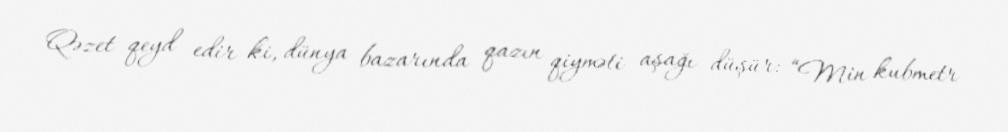
Qəzet qeyd edir ki, dünya bazarında qazın qiyməti aşağı düşür: “Min kubmetr